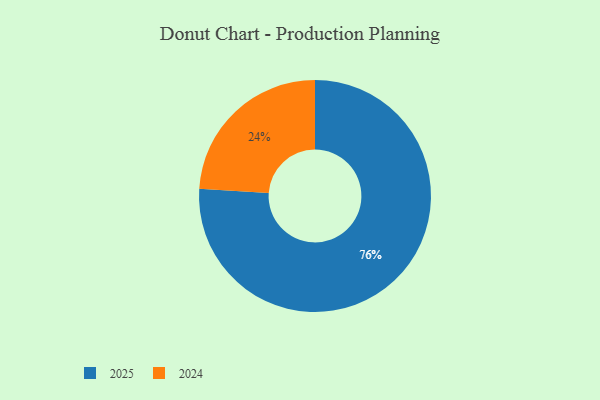
{"axis": {"x": "Category", "y": "Percentage"}, "legend": ["2024", "2025"], "data": [{"x": "2024", "y": 24, "type": "2024"}, {"x": "2025", "y": 76, "type": "2025"}]}